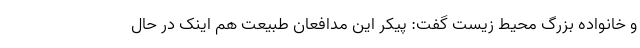
و خانواده بزرگ محیط زیست گفت: پیکر این مدافعان طبیعت هم اینک در حال